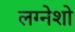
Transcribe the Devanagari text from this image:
लग्नेशो